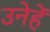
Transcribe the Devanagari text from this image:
उनेहें